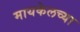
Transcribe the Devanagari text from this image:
मायकेलच्या